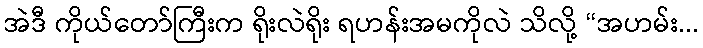
အဲဒီ ကိုယ်တော်ကြီးက ရိုးလဲရိုး ရဟန်းအမကိုလဲ သိလို့ “အဟမ်း...